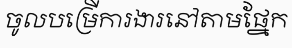
ចូលបម្រើការងារនៅតាមផ្នែក